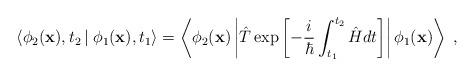
LaTeX: \begin{align*}\left\langle \phi_{2} ({\bf x}), t_{2} \left| \right. \phi_{1}({\bf x}), t_{1}\right\rangle =\left\langle \phi_{2} ({\bf x}) \left| \hat{T}\exp \left[ -\frac{i}{\hbar} \int_{t_{1}}^{t_{2}}\hat{H} dt \right]\right| \phi_{1} ({\bf x}) \right\rangle \; ,\end{align*}